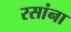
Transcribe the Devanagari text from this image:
रसांना